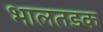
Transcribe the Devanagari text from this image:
भालतडक